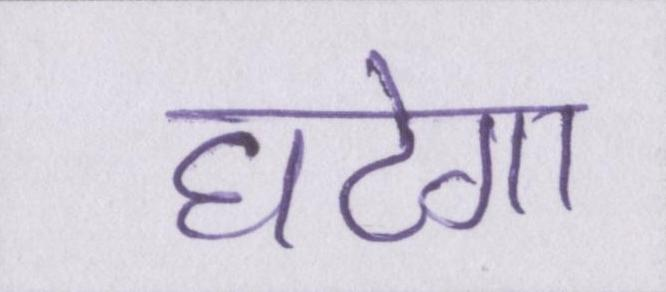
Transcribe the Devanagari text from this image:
घटेगा